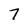
Character: 7